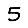
Digit: 5